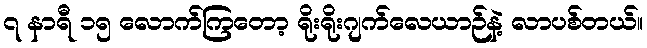
၇ နာရီ ၁၅ လောက်ကြတော့ ရိုးရိုးဂျက်လေယာဉ်နဲ့ လာပစ်တယ်။